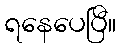
ရနေပေပြီ။